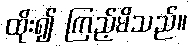
ထိုး၍ ကြည့်မိသည်။